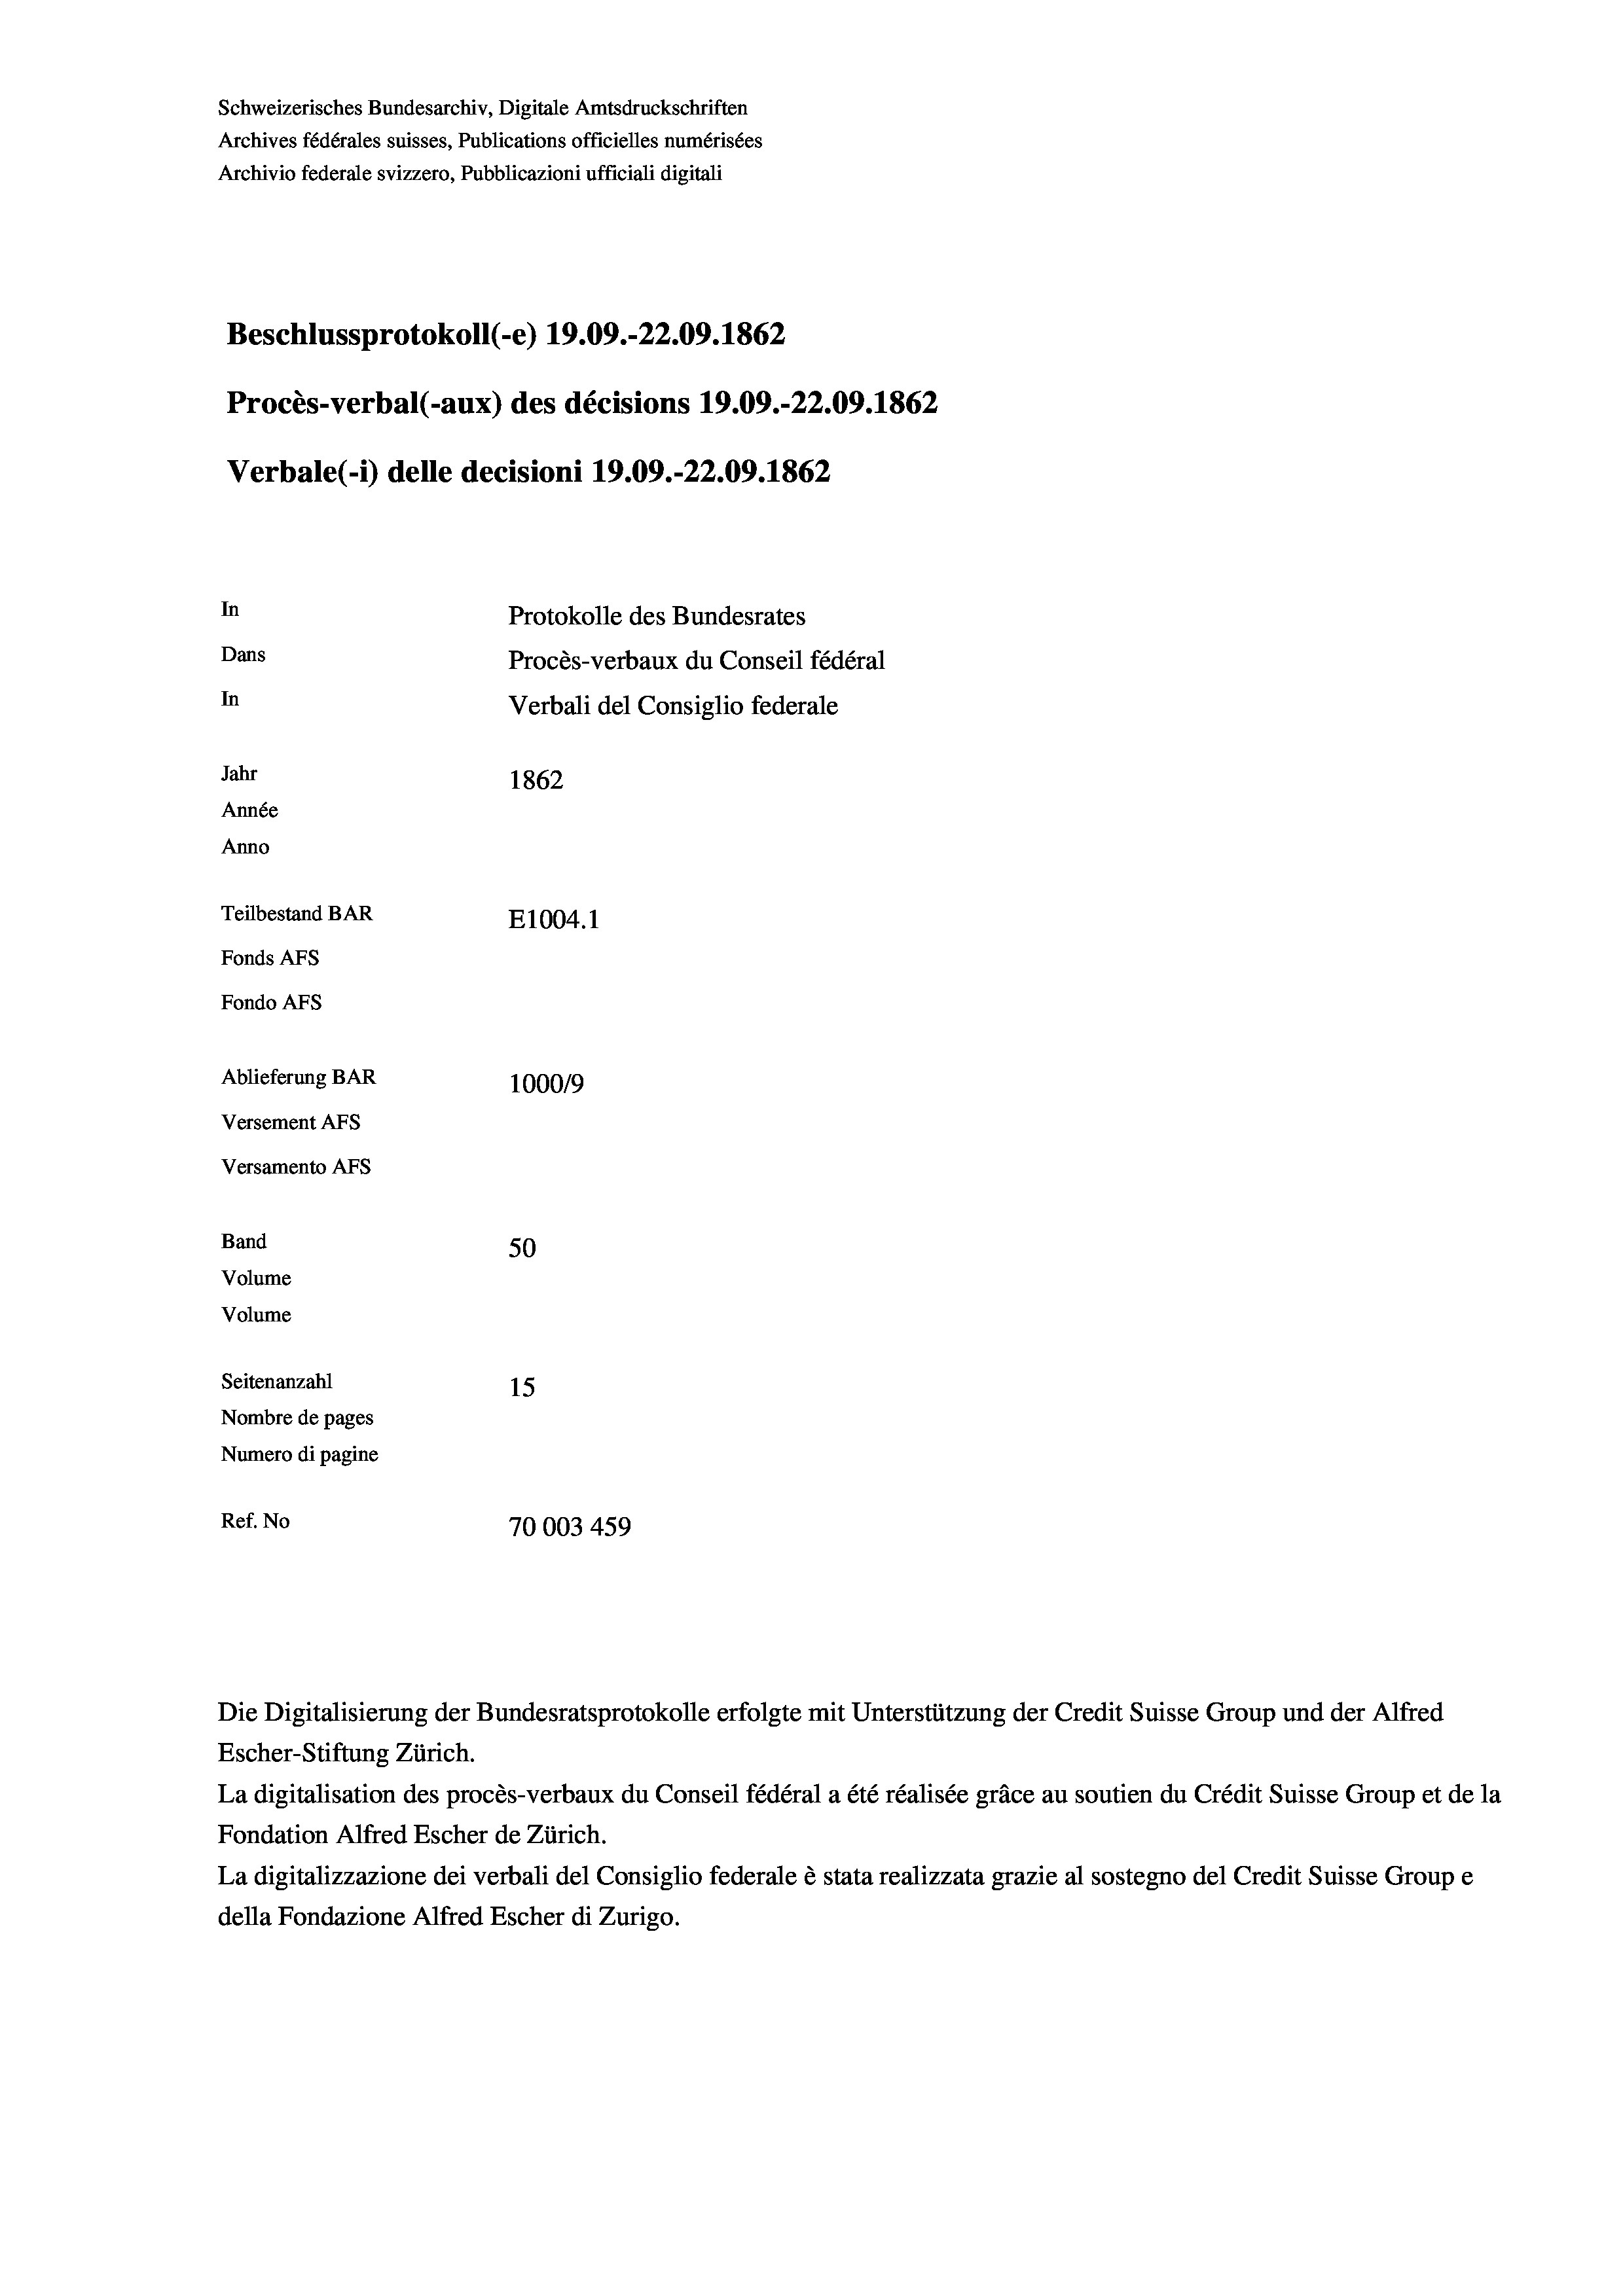
Schweizerisches Bundesarchiv, Digitale Amtsdruckschriften
Archives fédérales suisses, Publications officielles numérisées
Archivio federale svizzero, Pubblicazioni ufficiali digitali
Beschlussprotokoll (-e) 19.09.-22.09. 1862
Procès-verbal (-aux) des décisions 19.09.-22.09. 1862
Verbale (- 1) delle decisioni 19.09.-22.09. 1862
In
Protokolle des Bundesrates
Dans
Procès-verbaux du Conseil fédéral
In
Verbali del Consiglio federale
Jahr
1862
Année
Anno
Teilbestand BAR
E1004. 1
Fonds AFs
Fondo AFS
Ablieferung BAR
100019
Versement AFs
Versamento Afs
Band
50
Volume
Volume
Seitenanzahl
15
Nombre de pages
Numero di pagine
Ref. No
70003 459

Escher-Stiftung Zürich.
La digitalisation des procès-verbaux du Conseil fédéral a été réalisée gräce au soutien du Crédit Suisse Group et de la
Fondation Alfred Escher de Zürich.
La digitalizzazione dei verbali del Consiglio federale è stata realizzata grazie al sostegno del Credit Suisse Groupe
della Fondazione Alfred Escher di Zurigo.

Die Digitalisierung der Bundesratsprotokolle erfolgte mit Unterstützung der Credit Suisse Group und der Alfred